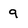
Character: 9